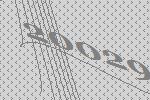
20029